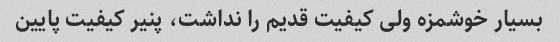
بسیار خوشمزه ولی کیفیت قدیم را نداشت، پنیر کیفیت پایین